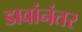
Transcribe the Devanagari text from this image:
डावांनंतर